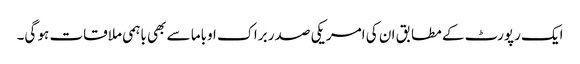
ایک رپورٹ کے مطابق ان کی امریکی صدر براک اوباما سے بھی باہمی ملاقات ہو گی۔